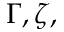
\Gamma , \zeta ,